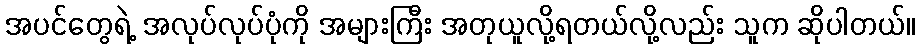
အပင်တွေရဲ့ အလုပ်လုပ်ပုံကို အများကြီး အတုယူလို့ရတယ်လို့လည်း သူက ဆိုပါတယ်။